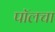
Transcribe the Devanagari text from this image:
पॉलचा